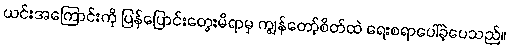
ယင်းအကြောင်းကို ပြန်ပြောင်းတွေးမိရာမှ ကျွန်တော့်စိတ်ထဲ ရေးစရာပေါ်ခဲ့ပေသည်။